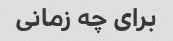
برای چه زمانی